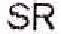
SR